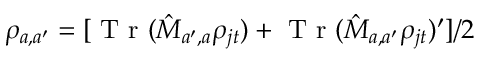
\rho _ { a , a ^ { \prime } } = [ \mathrm { ~ T ~ r ~ } ( \hat { M } _ { a ^ { \prime } , a } \rho _ { j t } ) + \mathrm { ~ T ~ r ~ } ( \hat { M } _ { a , a ^ { \prime } } \rho _ { j t } ) ^ { \prime } ] / 2